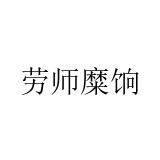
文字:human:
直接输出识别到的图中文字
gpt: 劳师糜饷